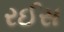
રઈસ